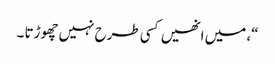
“، میں انھیں کسی طرح نہیں چھوڑتا ۔